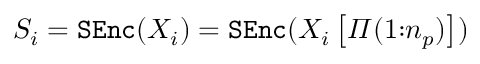
\begin{array} { r } { S _ { i } = \mathtt { S E n c } ( X _ { i } ) = \mathtt { S E n c } ( X _ { i } \left[ \varPi ( 1 { : } n _ { p } ) \right] ) } \end{array}